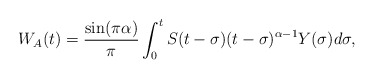
\begin{align*}W_A(t) = \dfrac{\sin(\pi\alpha)}{\pi} \int_0^t S(t-\sigma)(t-\sigma)^{\alpha -1}Y(\sigma)d\sigma,\end{align*}